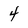
Character: 4